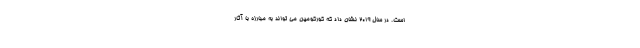
است. در سال 2019 نشان داد که کورکومین می تواند به مبارزه با آثار